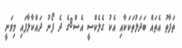
ތަފާތު އެތައް ބަދަލުތަކަކާއި އެކު ގެލެކްސީ އެސް8ގެ ދެ ފޯނު ދައްކާލާފައި މިވަނީ